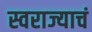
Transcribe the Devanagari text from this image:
स्वराज्याचं